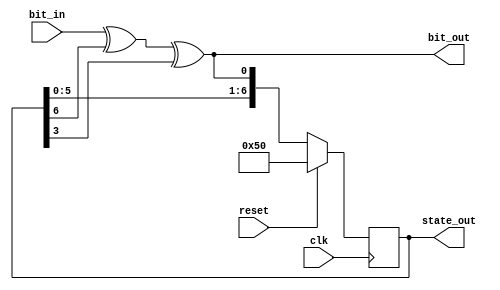
module Scrambler(clk,reset,state_out,bit_in, bit_out);
//// Input Output declarations
	input wire clk;
	input wire reset;
	input wire bit_in;
	output wire bit_out;
	output reg [6:0] state_out;
////

//// Necessary reg and wire declarations
	wire feedback;
	assign feedback =  (bit_in ^ state_out[6] ^ state_out[3]);
	assign bit_out = feedback;
////

//// Shift register Operations
	always @(posedge clk)
	begin
	
		if (reset == 1'b1) 
			state_out <=  7'b1010000; // Should be the same as the descrambler initial state
		else
			state_out <= {state_out[5], state_out[4], state_out[3],state_out[2], state_out[1], state_out[0],feedback};
	end
////
endmodule